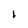
Character: 1